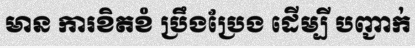
មាន ការខិតខំ ប្រឹងប្រែង ដើម្បី បញ្ជាក់